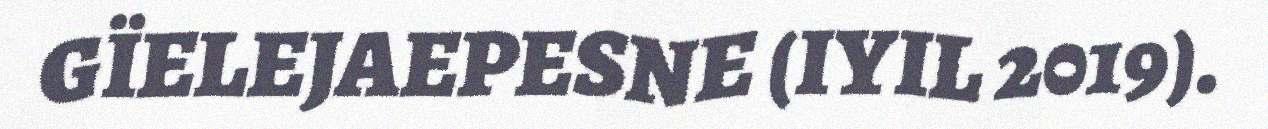
GÏELEJAEPESNE (IYIL 2019).